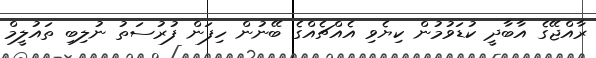
ރާއްޖޭގެ އާބާދީ ކުޑަވުމުން ކިޔެވި އެއްޗެއްގެ ބޭނުން ހިފަން ފުރުސަތު ނުލިބި ތައުލީމް